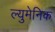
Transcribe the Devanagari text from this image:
ल्युमेनिक